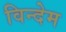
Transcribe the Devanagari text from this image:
विन्देम